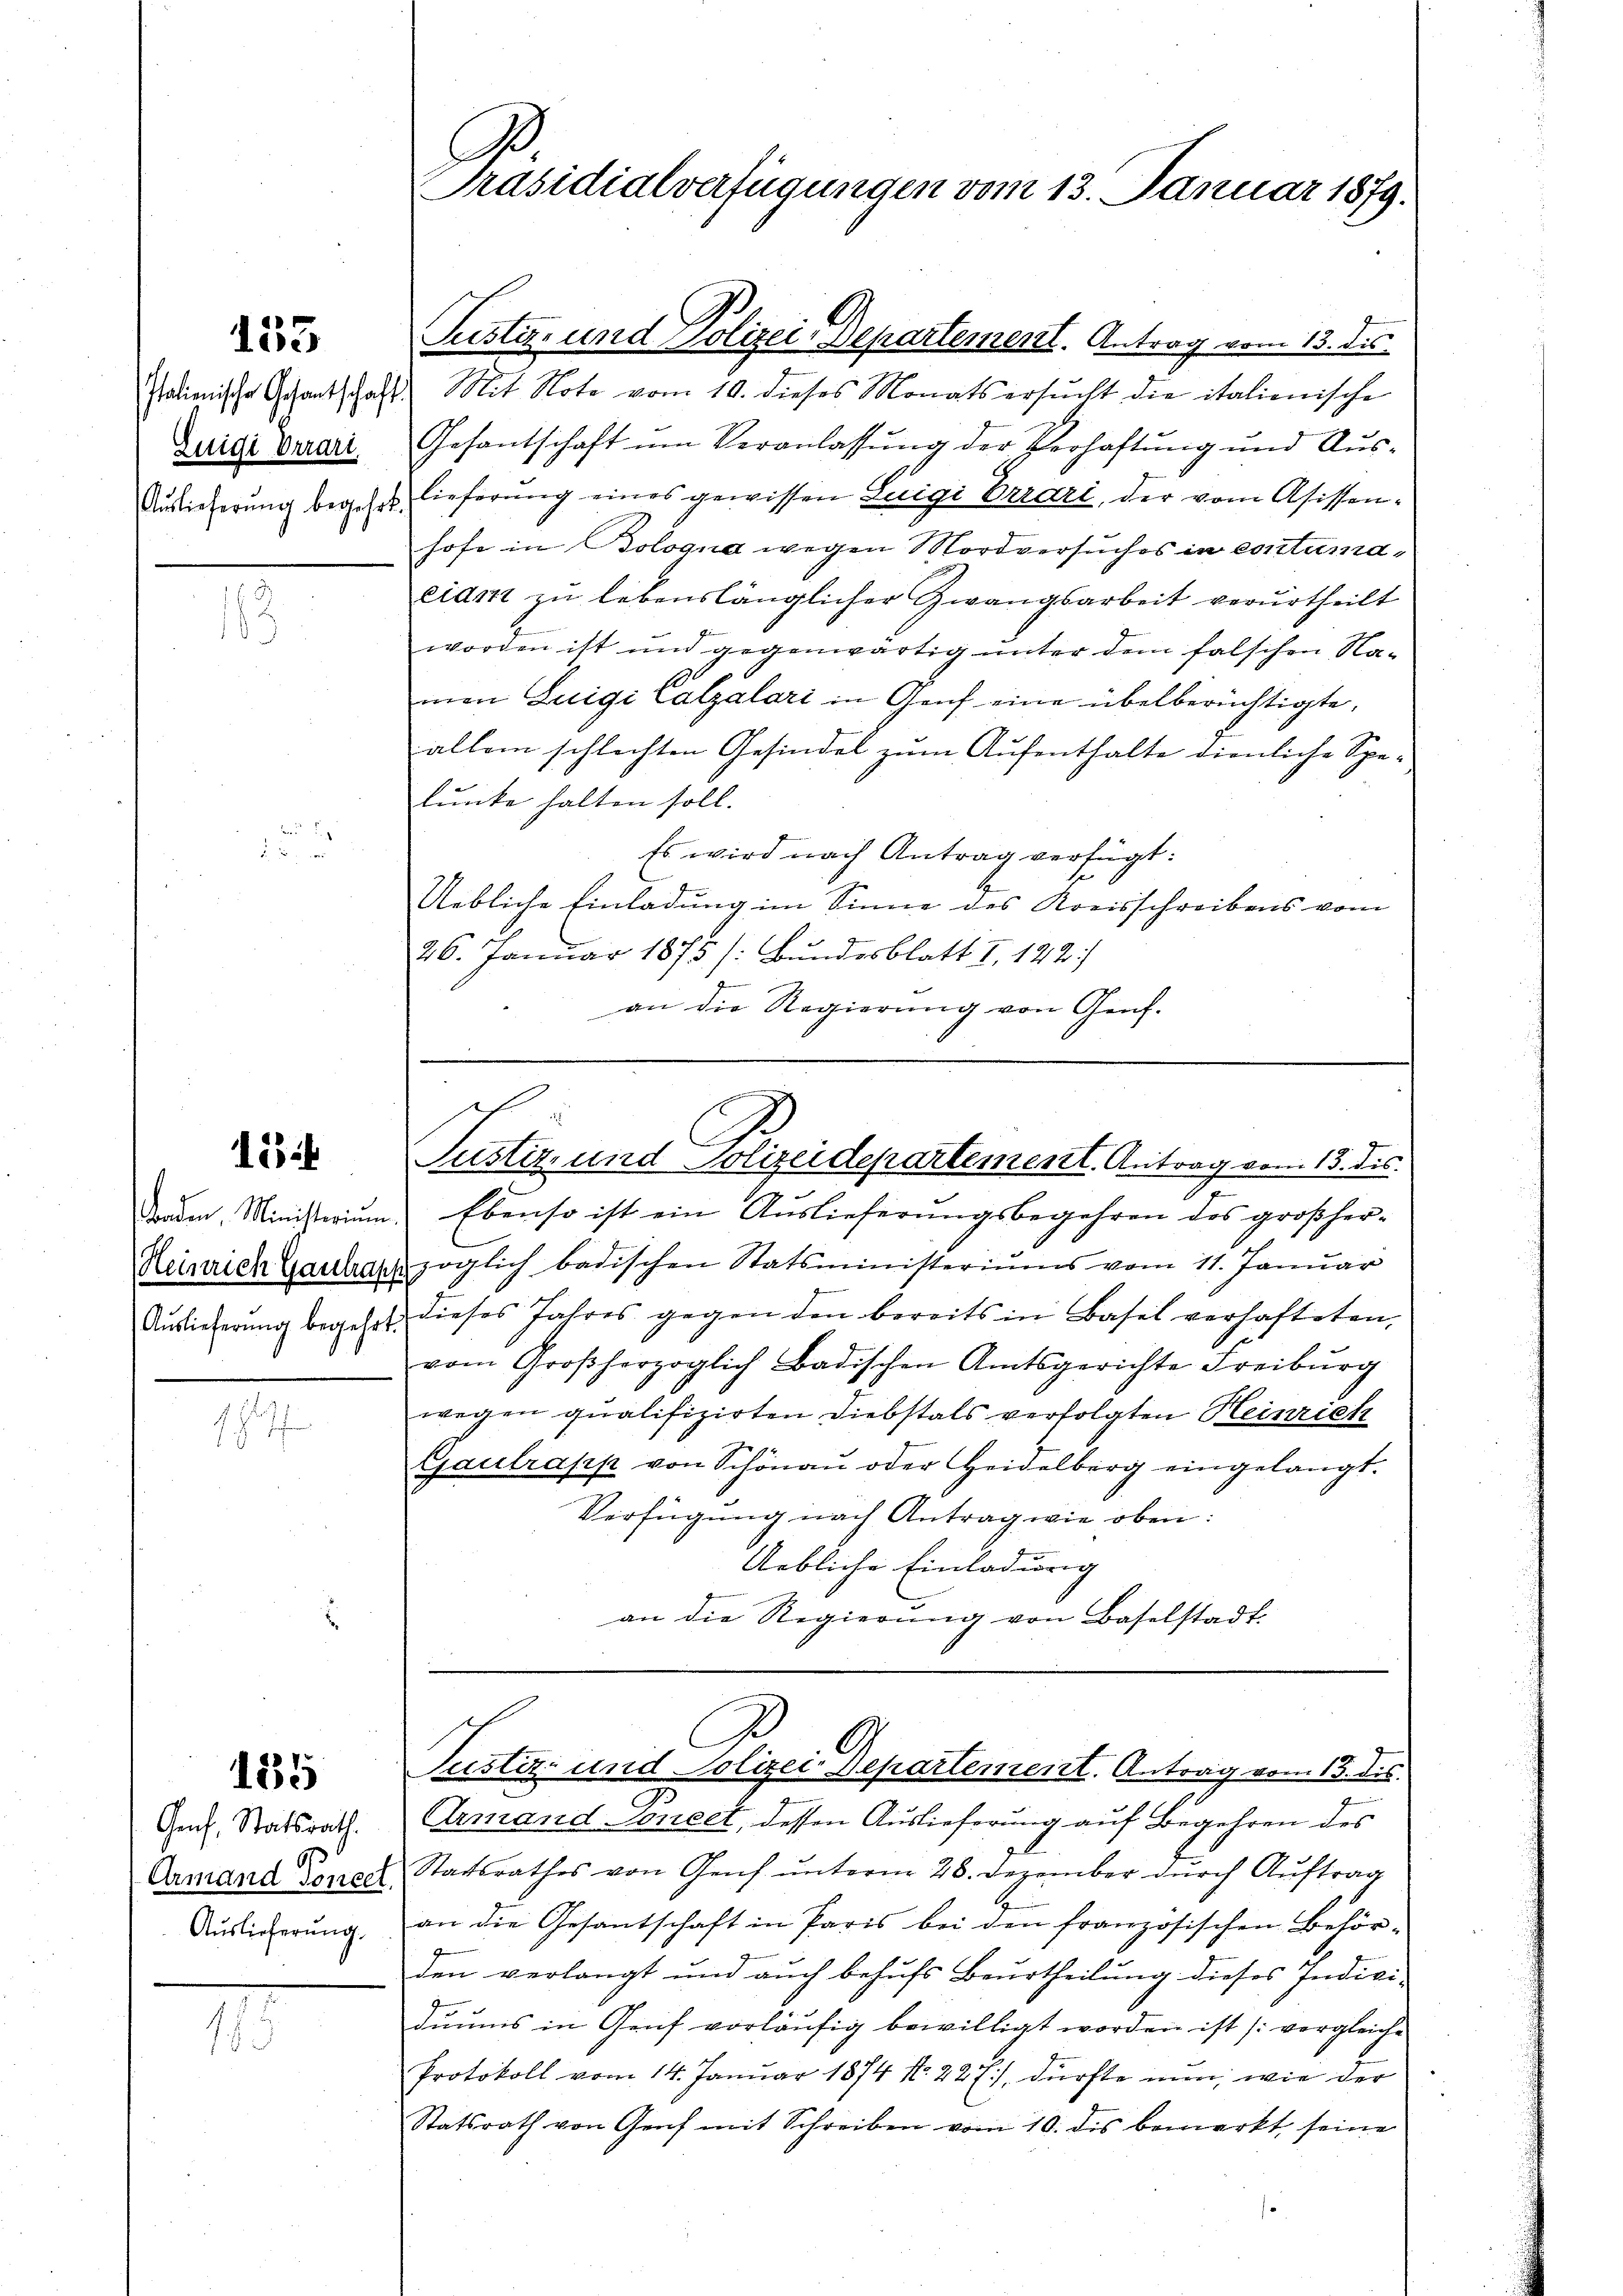
133

Zeige Verart

134

135

Genf, Statsrath.
9
Armand Soneet
Auslieferung.

A
Präsidialverfügungen vom 13. Januar 1879.

Justiz- und Polizei-Departement. Antrag vom 13. dies
Italienische Gesantschaft Mit Note vom 10. dieses Monats ersŭcht die italienische
Gesantschaft um Veranlassŭng der Verhaftŭng und Aŭs-
Auslieferung begehrt, lieferung eines gewissen Luigi Verari, der vom Asissen-
hofe in Bologna wegen Mordversuches in contumaciam zu lebenslänglicher Zwangsarbeit verurtheilt
worden ist und gegenwärtig unter dem falschen Namon Luigi Calzalari in Genf eine übelberüchtigte,
allem schlechten Gesindel zum Aufenthalte dienliche Spelunke halten soll.
Es wird nach Antrag verfügt:
Uebliche Einladung im Sinne des Kreisschreibens vom
26. Januar 1875 /: Bundesblatt I 122.)
an die Regierŭng von Genf.

C
Justiz- und Polizeidepartement. Antrag vom 13. ds.

Baden. Ministerium. Ebenso ist ein Auslieferungsbegehren des großher¬
Heinrich Gaulayjöglich badischen Statsministeriums vom 11. Januar
Auslicherŭng begehrt, dieses Jahres gegen den bereits in Basel verhafteten
vom Großherzoglich Badischen Amtsgerichte Freiburg
wegen qualifizirten Diebstals verfolgten Heinrich
Gaulrapp von Schönaŭ oder Heidelberg eingelangt.
Verfügung nach Antrag wie oben:
Uebliche Einladung
an die Regierŭng von Baselstadt.

Armand Soneet, dessen Auslieferung auf Begehren des
Staatsrathes von Genf unterm 28. Dezember durch Auftrag
an die Gesantschaft in Paris bei den französischen Behörden verlangt und auch behufs Beurtheilung dieses Indivi-
duums in Genf vorläufig bewilligt worden ist (vergleiche
Protokoll vom 14. Januar 1874 No. 227), dürfte nun, wie der
Statsrath von Genf mit Schreiben vom 10. dis bemerkt, seine

Justiz- und Polizei-Departement. Antrag vom 13. dis.